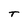
Character: T